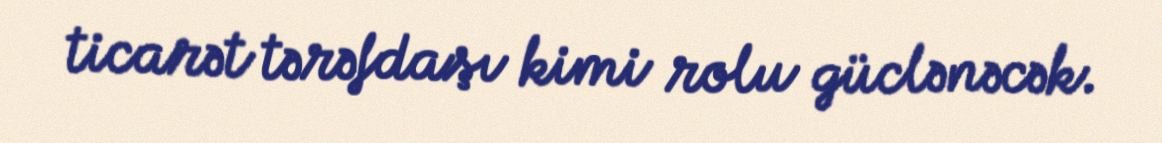
ticarət tərəfdaşı kimi rolu güclənəcək.